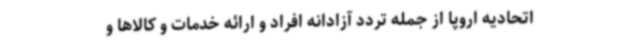
اتحادیه اروپا از جمله تردد آزادانه افراد و ارائه خدمات و کالاها و